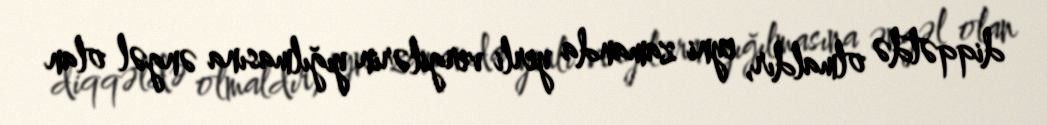
diqqətdə olmaldır, eyni zamanda yerli vergilərin yığılmasına əngəl olan